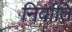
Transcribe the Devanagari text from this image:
निर्वाति